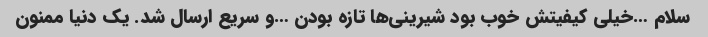
سلام …خیلی کیفیتش خوب بود شیرینی‌ها تازه بودن …و سریع ارسال شد. یک دنیا ممنون